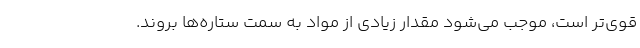
قوی‌تر است، موجب می‌شود مقدار زیادی از مواد به سمت ستاره‌ها بروند.